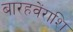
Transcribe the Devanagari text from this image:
बारहवेंराशि